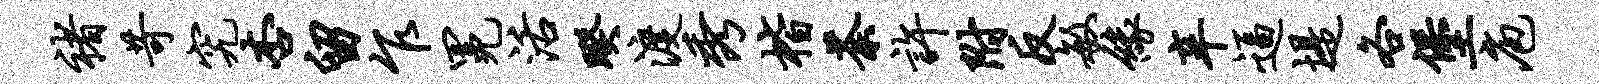
褚苛究杏留乍冕活暌渡秀楷荼许附反敏缘辛逼堤各堡庖